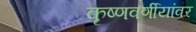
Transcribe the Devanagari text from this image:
कृष्णवर्णीयांवर